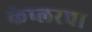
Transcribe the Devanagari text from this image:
केप्लरचा